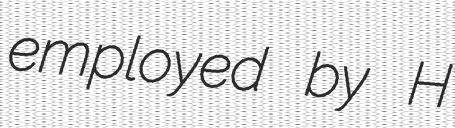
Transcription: employed by H